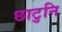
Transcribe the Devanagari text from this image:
छाटुनि